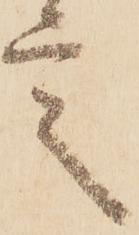
言